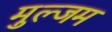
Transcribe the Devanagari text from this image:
मुल्जम